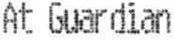
AT GUARDIAN